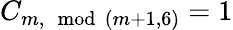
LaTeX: C_{m,\mod(m+1,6)}=1